Supplement to the account of plague administration in the Bombay Presidency from September 1896 till May 1897
Year: 1896
Disease focus: Plague
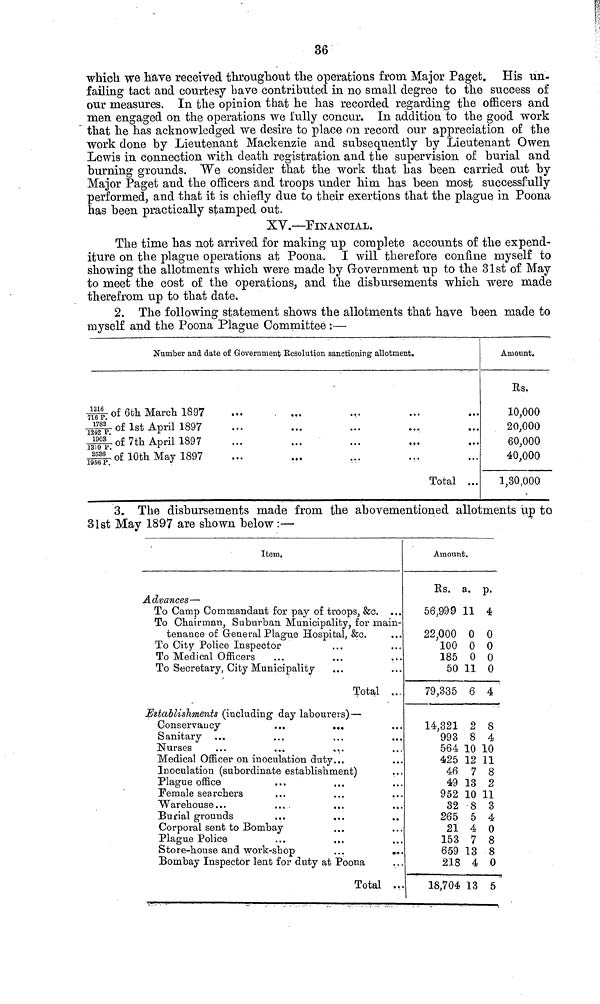
36
which, we have received throughout the operations from Major Paget. His un-
failing tact and courtesy bave contributed in no small degree to the success of
our measures. In the opinion that he has recorded regarding the officers and
men engaged on the operations we fully concur. In addition to the good work
that he has acknowledged we desire to place on record our appreciation of the
work done by Lieutenant Mackenzie and subsequently by Lieutenant Owen
Lewis in connection with death registration and the supervision of burial and
burning grounds. We consider that the work that has been carried out by
Major Paget and the officers and troops under him has been most successfully
performed, and that it is chiefly due to their exertions that the plague in Poona
has been practically stamped out.
XV.—FINANCIAL.
The time has not arrived for making up complete accounts of the expend-
iture on the plague operations at Poona. I will therefore confine myself to
showing the allotments which were made by Government up to the 31st of May
to meet the cost of the operations, and the disbursements which were made
therefrom up to that date.
2. The following statement shows the allotments that have been made to
myself and the Poona Plague Committee :—
Number and date of Government Resolution sanctioning allotment.
1216
716 P.
1782
1242 P
1903
1319 P
2536
1956 P.
of 6th March 1897
of 1st April 1897
of 7th April 1897
of 10th May 1897
...
...
...
...
...
...
...
...
...
...
...
...
...
...
...
...
...
...
...
...
Total ...
Amount.
Rs.
10,000
20,000
60,000
40,000
1,30,000
3. The disbursements made from the abovementioned allotments up to
31st May 1897 are shown below :—
Item.
Advances —
To Camp Commandant for pay of troops, &c. ...
To Chairman, Suburban Municipality, for main- ...
tenance of General Plague Hospital, &c. ...
To City Police Inspector ... ...
To Medical Officers ... ...
To Secretary, City Municipality ... ...
Total ...
Establishments (including day labourers) —
Conservaucy
...
... ...
Sanitary ... ... ...
Nurses ... ... ...
Medical Officer on inoculation duty. . ...
Inoculation (subordinate establishment)
Plague office ... ... ...
Female searchers ... ... ...
Warehouse... ... ... ...
Burial grounds ... ... ...
Corporal sent to Bombay
...
Plague Police ... ... ...
Store-house and work-shop
...
....
Bombay Inspector lent for duty at Poona
Total ...
Amount,
Rs.
56,999
22,000
100
185
50
79,335
14,321
993
564
425
46
49
952
32
265
21
153
659
218
18,704
a.
11
0
0
0
11
6
2
8
10
12
7
13
10
8
5
4
7
13
4
13
P·
4
0
0
0
0
4
8
4
10
11
8
2
11
3
4
0
8
8
0
5